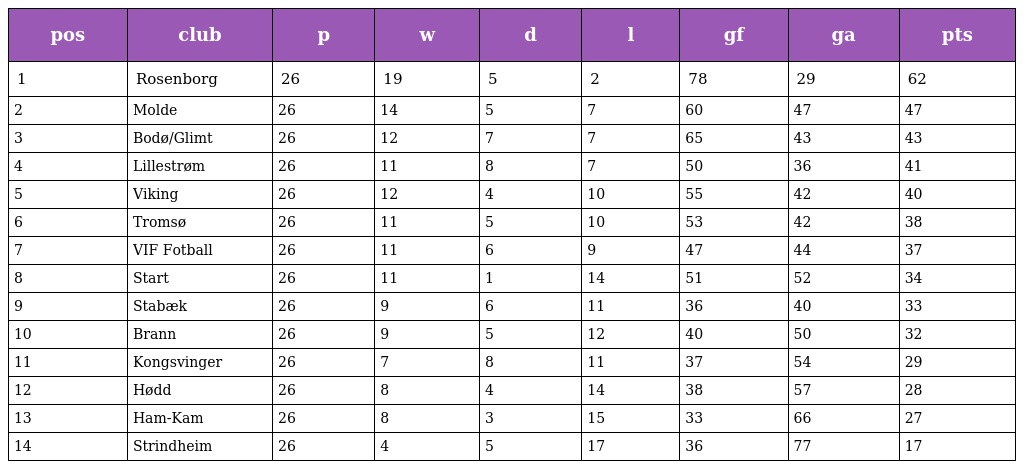
| pos | club | p | w | d | l | gf | ga | pts |
 | --- | --- | --- | --- | --- | --- | --- | --- | --- |
 | 1 | Rosenborg | 26 | 19 | 5 | 2 | 78 | 29 | 62 |
 | 2 | Molde | 26 | 14 | 5 | 7 | 60 | 47 | 47 |
 | 3 | Bodø/Glimt | 26 | 12 | 7 | 7 | 65 | 43 | 43 |
 | 4 | Lillestrøm | 26 | 11 | 8 | 7 | 50 | 36 | 41 |
 | 5 | Viking | 26 | 12 | 4 | 10 | 55 | 42 | 40 |
 | 6 | Tromsø | 26 | 11 | 5 | 10 | 53 | 42 | 38 |
 | 7 | VIF Fotball | 26 | 11 | 6 | 9 | 47 | 44 | 37 |
 | 8 | Start | 26 | 11 | 1 | 14 | 51 | 52 | 34 |
 | 9 | Stabæk | 26 | 9 | 6 | 11 | 36 | 40 | 33 |
 | 10 | Brann | 26 | 9 | 5 | 12 | 40 | 50 | 32 |
 | 11 | Kongsvinger | 26 | 7 | 8 | 11 | 37 | 54 | 29 |
 | 12 | Hødd | 26 | 8 | 4 | 14 | 38 | 57 | 28 |
 | 13 | Ham-Kam | 26 | 8 | 3 | 15 | 33 | 66 | 27 |
 | 14 | Strindheim | 26 | 4 | 5 | 17 | 36 | 77 | 17 |